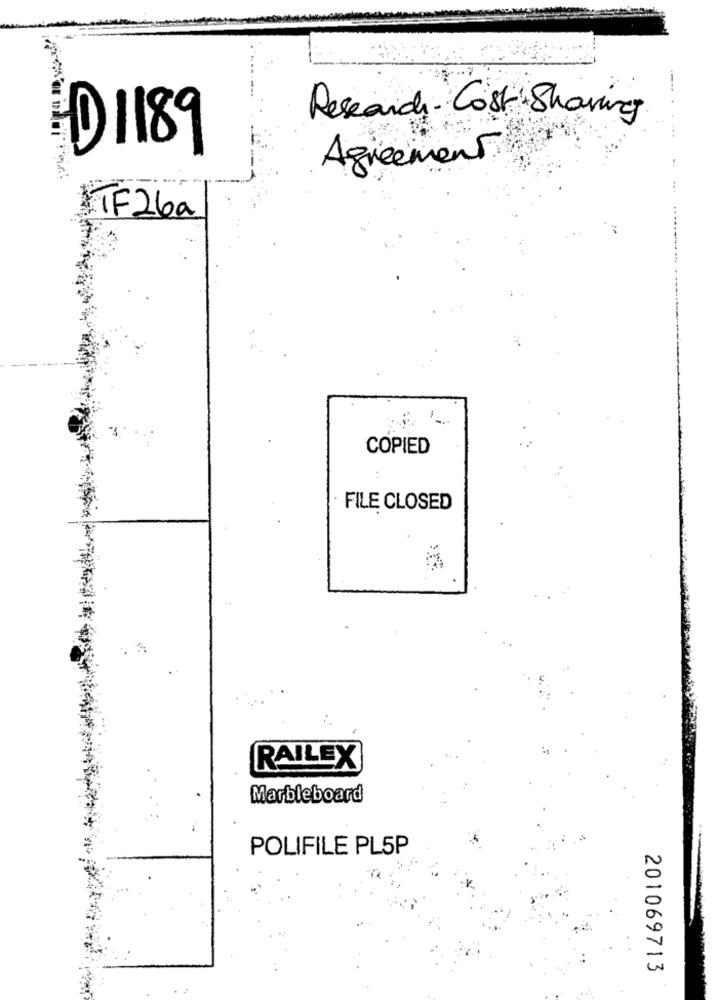
Research - Cost Sharing
D1189
Agreement
--
IF 26a
COPIED
FILE CLOSED
RAILEX
Marbleboard
POLIFILE PL5P
201069713
.